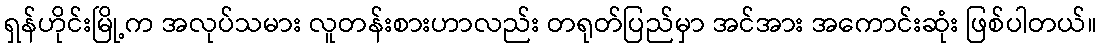
ရှန်ဟိုင်းမြို့က အလုပ်သမား လူတန်းစားဟာလည်း တရုတ်ပြည်မှာ အင်အား အကောင်းဆုံး ဖြစ်ပါတယ်။